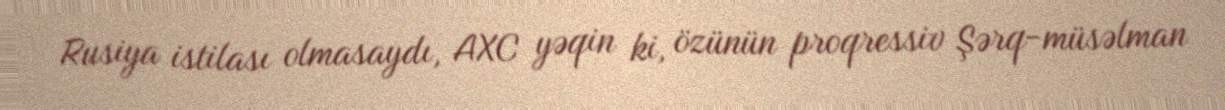
Rusiya istilası olmasaydı, AXC yəqin ki, özünün proqressiv Şərq-müsəlman